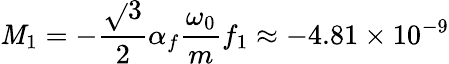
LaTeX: \mathit{M}_{1}=-\frac{{\sqrt{}{{3}}}}{{2}}\alpha_{f}\frac{{\omega_{0}}}{{m}}f_{1}\approx-4.81\times10^{-9}